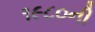
૧૯૮૦ની